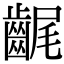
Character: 𪘣